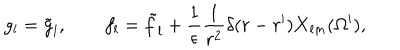
LaTeX: g _ { l } = \tilde { g } _ { l } , \qquad f _ { l } = \tilde { f } _ { l } + { \frac { 1 } { \epsilon } } { \frac { 1 } { r ^ { 2 } } } \delta ( r - r ^ { \prime } ) { \bf X } _ { l m } ( \Omega ^ { \prime } ) ,